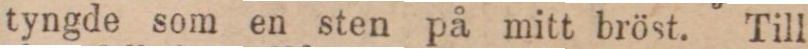
tyngde som en sten på mitt bröst. Till